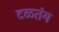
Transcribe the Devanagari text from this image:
दळतंय